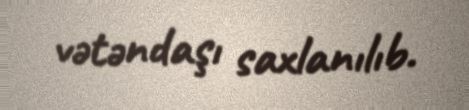
vətəndaşı saxlanılıb.